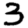
Digit: 3